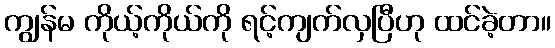
ကျွန်မ ကိုယ့်ကိုယ်ကို ရင့်ကျက်လှပြီဟု ထင်ခဲ့တာ။